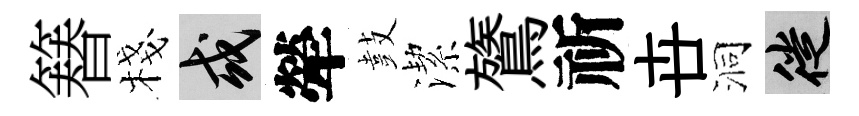
簮棧或犖鼓潔鷟祈卋洞徙